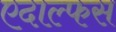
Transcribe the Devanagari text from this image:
एदाल्फस